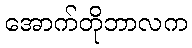
အောက်တိုဘာလက